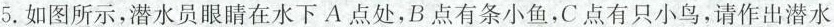
5.如图所示，潜水员眼睛在水下A点处，B点有条小鱼，C点有只小鸟，请作出潜水